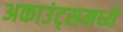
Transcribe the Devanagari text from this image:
अकाउंट्समध्ये